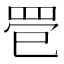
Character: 𦊳